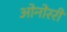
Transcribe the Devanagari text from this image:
ओनोररी